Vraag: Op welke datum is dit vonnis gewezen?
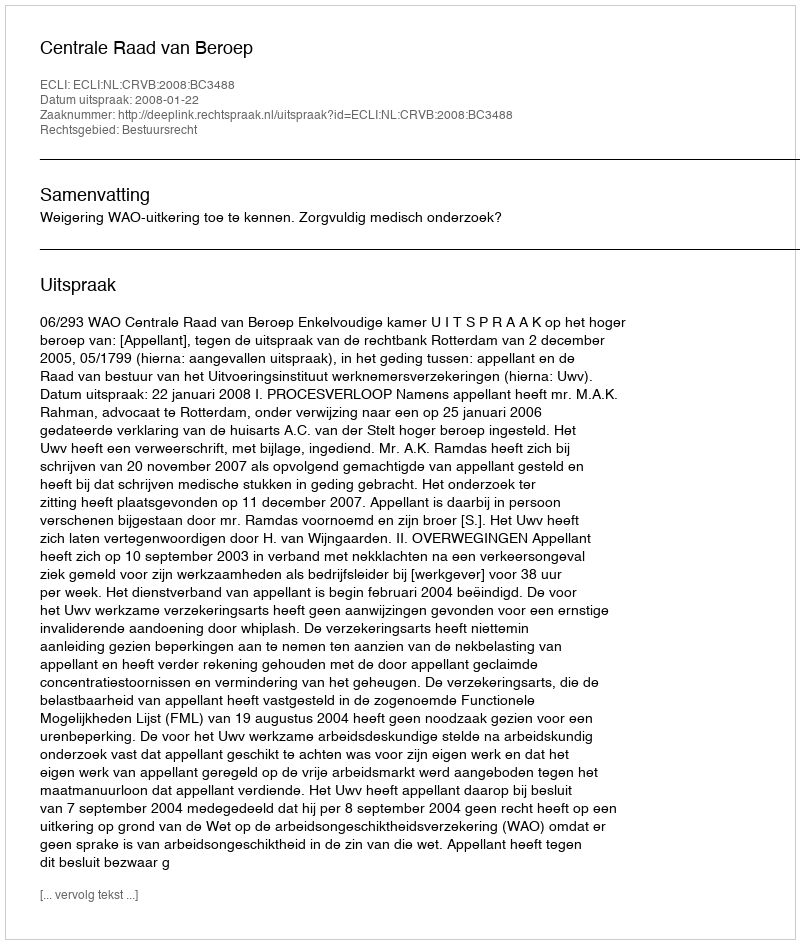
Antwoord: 2008-01-22